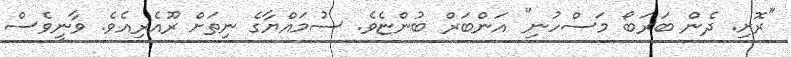
"ރޮށި. ދެން ބަރަބޯ މަސްހުނި" އަންބަރް ބުންޏެވެ. ސުމައްޔާގެ ނިތަށް ރޫއެރިއެވެ. ވާނީވެސް